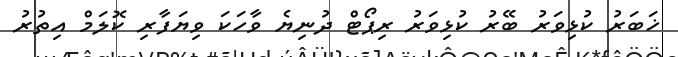
ޚަބަރު ކުޅިވަރު ބޭރު ކުޅިވަރު ރިޕޯޓް ދުނިޔެ ވާހަކަ ވިޔަފާރި ކޮލަމް އިތުރު